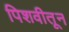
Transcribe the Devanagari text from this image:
पिशवीतून